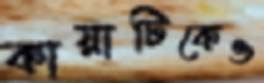
কায়াটিকেও